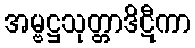
အမ္ဗဋ္ဌသုတ္တာဒိဋီကာ